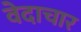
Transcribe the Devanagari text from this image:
वेदाचार